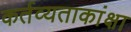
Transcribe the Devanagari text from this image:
कर्तव्यताकांक्षा